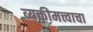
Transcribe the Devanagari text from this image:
व्यक्तीमत्त्वाचा